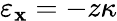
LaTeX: \varepsilon_{\mathbf{x}}=-z\kappa